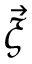
\vec { \xi }